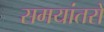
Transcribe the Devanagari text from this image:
समयांतरों